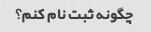
چگونه ثبت نام کنم؟